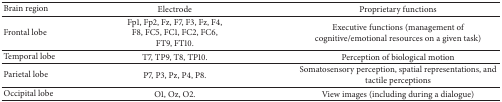
| Brain region | Electrode | Proprietary functions |
 | --- | --- | --- |
 | Frontal lobe | Fp1, Fp2, Fz, F7, F3, Fz, F4, F8, FC5, FC1, FC2, FC6, FT9, FT10. | Executive functions (management of cognitive/emotional resources on a given task) |
 | Temporal lobe | T7, TP9, T8, TP10. | Perception of biological motion |
 | Parietal lobe | P7, P3, Pz, P4, P8. | Somatosensory perception, spatial representations, and tactile perceptions |
 | Occipital lobe | O1, Oz, O2. | View images (including during a dialogue) |